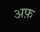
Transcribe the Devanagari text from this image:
अफ़